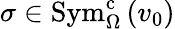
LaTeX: \sigma\in\mathrm{Sym}_{\Omega}^{\mathrm{c}}\left(v_{0}\right)